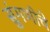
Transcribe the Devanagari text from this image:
सुंगणीचे